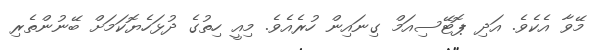
މޭވާ އެކެވެ. އަދި ޕޮޓޭސިއަމް ގިނައިން ހުރެއެވެ. މިއީ ހިތުގެ ދުޅަހެޔޮކަމަށް ބޭނުންތެރި